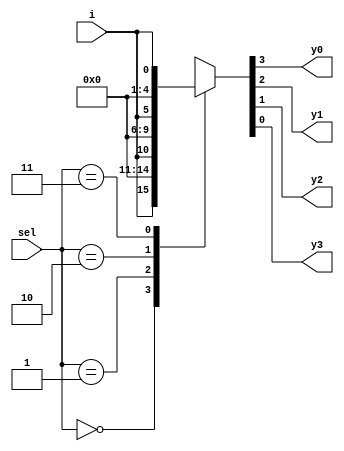
module demux_1_4(
  input [1:0] sel,
  input  i,
  output reg y0,y1,y2,y3);
    
  always @(*) begin
    case(sel)
      2'h0: {y0,y1,y2,y3} = {i,3'b0};
      2'h1: {y0,y1,y2,y3} = {1'b0,i,2'b0};
      2'h2: {y0,y1,y2,y3} = {2'b0,i,1'b0};
      2'h3: {y0,y1,y2,y3} = {3'b0,i};
      default: $display("Invalid sel input");
    endcase
  end
endmodule

module tb;
  reg [1:0] sel;
  reg i;
  wire y0,y1,y2,y3;
  
  demux_1_4 demux(sel, i, y0, y1, y2, y3);
  
  initial begin
    $monitor("sel = %b, i = %b -> y0 = %0b, y1 = %0b ,y2 = %0b, y3 = %0b", sel,i, y0,y1,y2,y3);
    sel=2'b00; i=0; #1;
    sel=2'b00; i=1; #1;
    sel=2'b01; i=0; #1;
    sel=2'b01; i=1; #1;
    sel=2'b10; i=0; #1;
    sel=2'b10; i=1; #1;
    sel=2'b11; i=0; #1;
    sel=2'b11; i=1; #1;
  end
endmodule